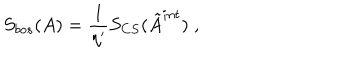
S _ { b o s } ( A ) = \frac 1 { \eta ^ { \prime } } S _ { C S } ( \tilde { A } ^ { i n t } ) \; ,